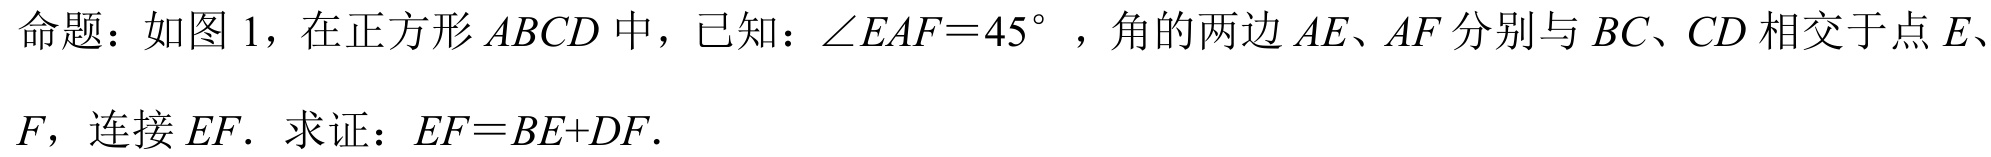
命题：如图 1，在正方形$ABCD$中，已知：$\angle EAF = 45^{\circ}$ ，角的两边$AE、AF$分别与$BC、CD$相交于点$E、$
$F$，连接$EF.$ 求证：$EF = BE + DF.$